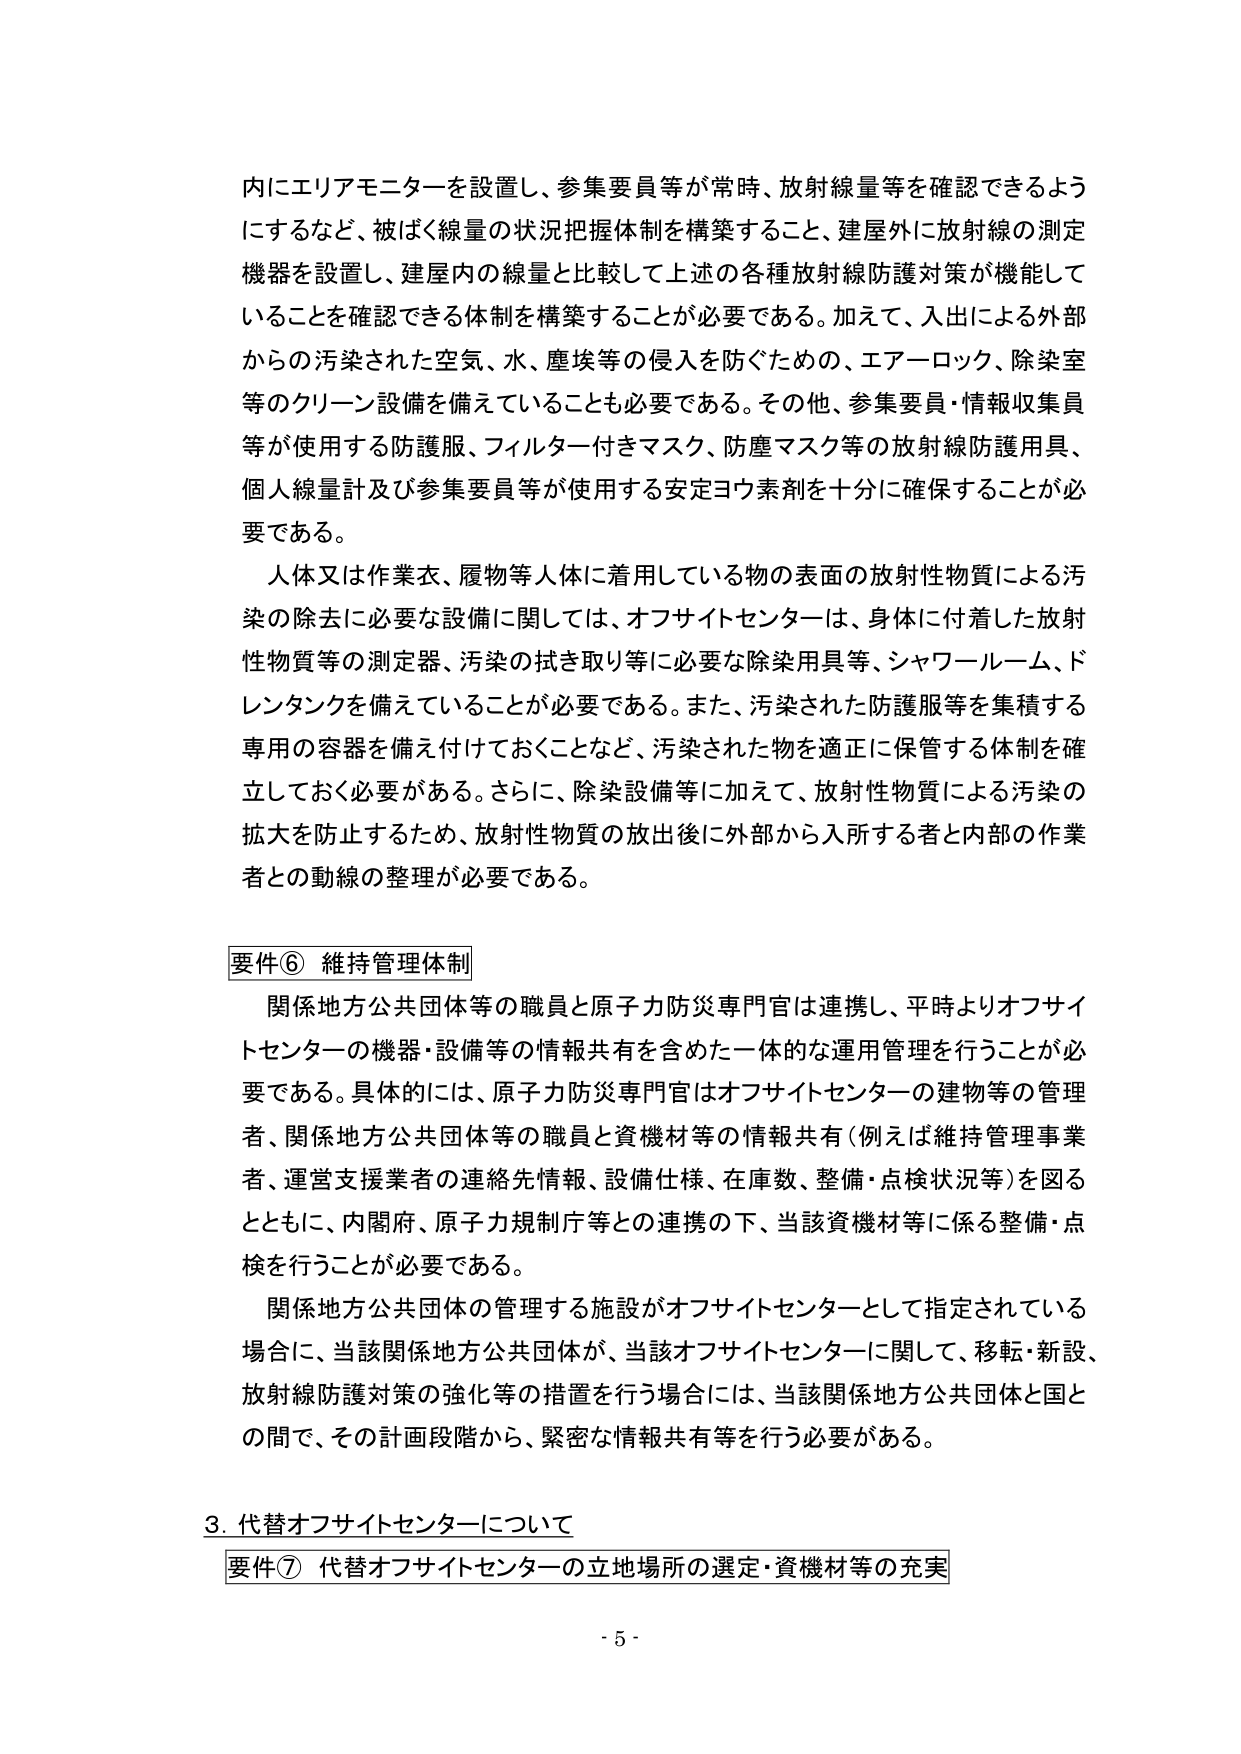
内にエリアモニターを設置し、参集要員等が常時、放射線量等を確認できるようにするなど、被ばく線量の状況把握体制を構築すること、建屋外に放射線の測定機器を設置し、建屋内の線量と比較して上述の各種放射線防護対策が機能していることを確認できる体制を構築することが必要である。加えて、入出による外部からの汚染された空気、水、塵埃等の侵入を防ぐための、エアーロック、除染室等のクリーン設備を備えていることも必要である。その他、参集要員・情報収集員等が使用する防護服、フィルター付きマスク、防塵マスク等の放射線防護用具、個人線量計及び参集要員等が使用する安定ヨウ素剤を十分に確保することが必要である。

人体又は作業衣、履物等人体に着用している物の表面の放射性物質による汚染の除去に必要な設備に関しては、オフサイトセンターは、身体に付着した放射性物質等の測定器、汚染の拭き取り等に必要な除染用具等、シャワールーム、ドレンタンクを備えていることが必要である。また、汚染された防護服等を集積する専用の容器を備え付けておくことなど、汚染された物を適正に保管する体制を確立しておく必要がある。さらに、除染設備等に加えて、放射性物質による汚染の拡大を防止するため、放射性物質の放出後に外部から入所する者と内部の作業者との動線の整理が必要である。

要件⑥ 維持管理体制

関係地方公共団体等の職員と原子力防災専門官は連携し、平時よりオフサイトセンターの機器・設備等の情報共有を含めた一体的な運用管理を行うことが必要である。具体的には、原子力防災専門官はオフサイトセンターの建物等の管理者、関係地方公共団体等の職員と資機材等の情報共有（例えば維持管理事業者、運営支援業者の連絡先情報、設備仕様、在庫数、整備・点検状況等）を図るとともに、内閣府、原子力規制庁等との連携の下、当該資機材等に係る整備・点検を行うことが必要である。

関係地方公共団体の管理する施設がオフサイトセンターとして指定されている場合に、当該関係地方公共団体が、当該オフサイトセンターに関して、移転・新設、放射線防護対策の強化等の措置を行う場合には、当該関係地方公共団体と国との間で、その計画段階から、緊密な情報共有等を行う必要がある。

3. 代替オフサイトセンターについて

要件⑦ 代替オフサイトセンターの立地場所の選定・資機材等の充実

- 5 -